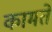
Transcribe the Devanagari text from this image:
कामते